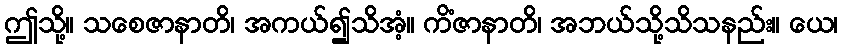
ဤသို့။ သစေဇာနာတိ၊ အကယ်၍သိအံ့။ ကိံဇာနာတိ၊ အဘယ်သို့သိသနည်း။ ယေ၊